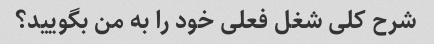
شرح کلی شغل فعلی خود را به من بگویید؟